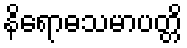
နိရောဓသမာပတ္တိ